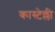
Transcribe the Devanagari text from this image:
कास्टेल्ली